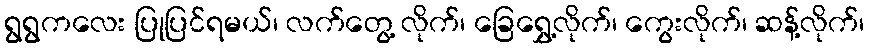
ရွရွကလေး ပြုပြင်ရမယ်၊ လက်တွေ့ လိုက်၊ ခြေရွှေ့လိုက်၊ ကွေးလိုက်၊ ဆန့်လိုက်၊